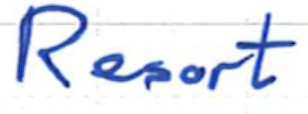
Text: Resort
Cross-out: clean
Writing tool: ballpoint